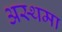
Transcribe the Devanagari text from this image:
अस्‍थमा